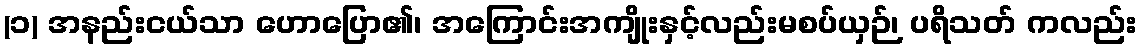
(၁) အနည်းငယ်သာ ဟောပြော၏၊ အကြောင်းအကျိုးနှင့်လည်းမစပ်ယှဉ်၊ ပရိသတ် ကလည်း